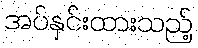
အပ်နှင်းထားသည့်